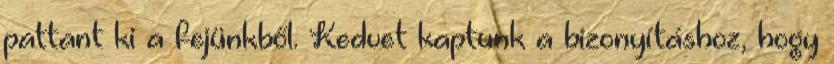
pattant ki a fejünkből. Kedvet kaptunk a bizonyításhoz, hogy